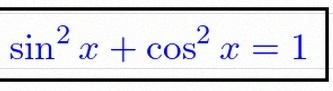
\sin^2x+\cos^2x=1